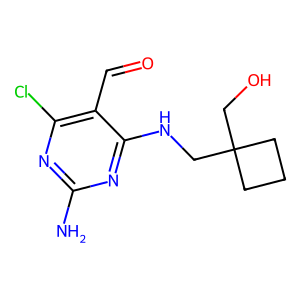
SMILES: Nc1nc(Cl)c(C=O)c(NCC2(CO)CCC2)n1
Inhibits HIV replication: No